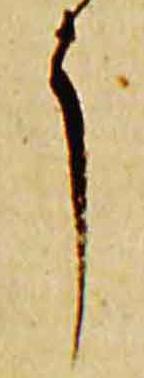
了